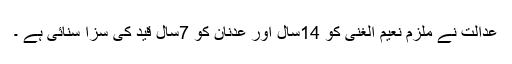
عدالت نے ملزم نعیم الغنی کو 14سال اور عدنان کو 7سال قید کی سزا سنائی ہے ۔